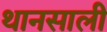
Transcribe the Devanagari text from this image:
थानसाली